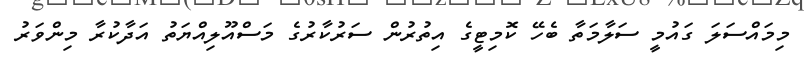
މިމައްސަލަ ގައުމީ ސަލާމަތާ ބެހޭ ކޮމިޓީގެ އިތުރުން ސަރުކާރުގެ މަސްއޫލިއްޔަތު އަދާކުރާ މިންވަރު